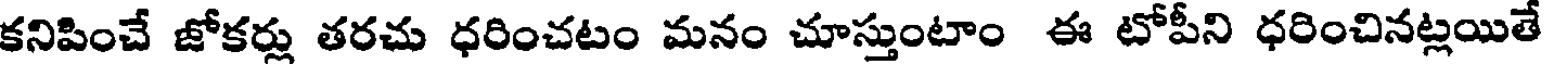
కనిపించే జోకర్లు తరచు ధరించటం మనం చూస్తుంటాం ఈ టోపీని ధరించినట్లయితే